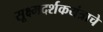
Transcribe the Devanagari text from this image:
सूक्ष्मदर्शकयंत्राचे